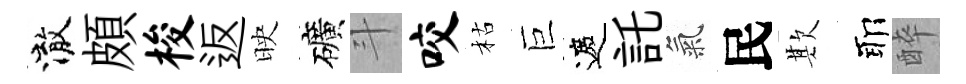
澈頗梭返映礦斗咬枯巨遮託氣民欺耶醉